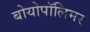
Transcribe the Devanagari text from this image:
बोयोपॉलिमर